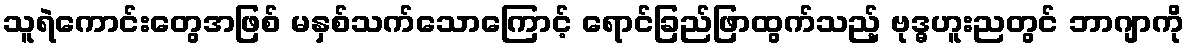
သူရဲကောင်းတွေအဖြစ် မနှစ်သက်သောကြောင့် ရောင်ခြည်ဖြာထွက်သည့် ဗုဒ္ဓဟူးညတွင် ဘာဂျာကို